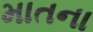
માતના